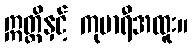
ဣတ္တိနှင့် ကုမာရီအထူး။